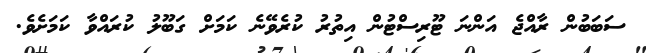
ސަބަބުން ރާއްޖެ އަންނަ ޓޫރިސްޓުން އިތުރު ކުރެވޭނެ ކަމަށް ގަބޫލު ކުރައްވާ ކަމަށެވެ.